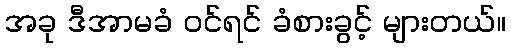
အခု ဒီအာမခံ ဝင်ရင် ခံစားခွင့် များတယ်။